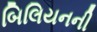
બિલિયનની